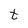
Character: t